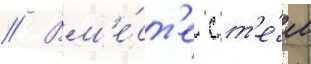
// Вм'е́ст'е с т'е́м